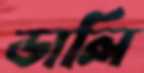
ডালি